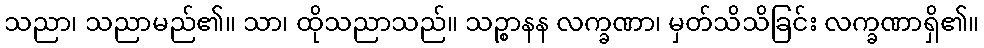
သညာ၊ သညာမည်၏။ သာ၊ ထိုသညာသည်။ သဉ္စာနန လက္ခဏာ၊ မှတ်သိသိခြင်း လက္ခဏာရှိ၏။